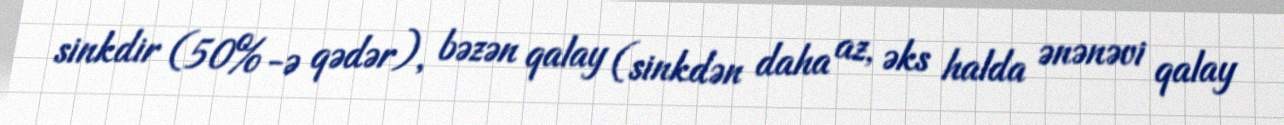
sinkdir (50%-ə qədər), bəzən qalay (sinkdən daha az, əks halda ənənəvi qalay